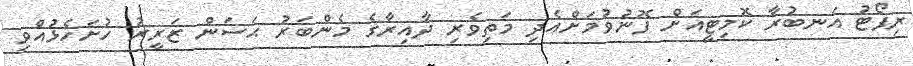
ރިޕޯޓު އަނބުރާ ކޮމިޓީއަށް ފޮނުވުމަށްއެދި މަތިވެރި ދާއިރާގެ މެންބަރު ޙަސަން ޒަރީރު ހުށަހެޅުއްވި